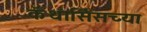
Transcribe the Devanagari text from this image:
कॅथार्सिसच्या